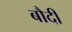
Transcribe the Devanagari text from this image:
बौदी